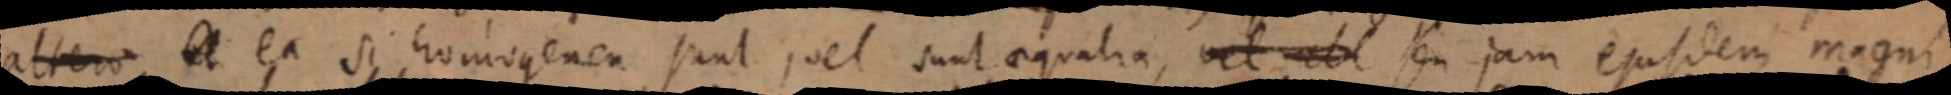
alter A est si homogenea sunt, vel sunt aequalia, vel _ seu jam ejusdem magni